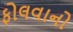
ફોલવાનો